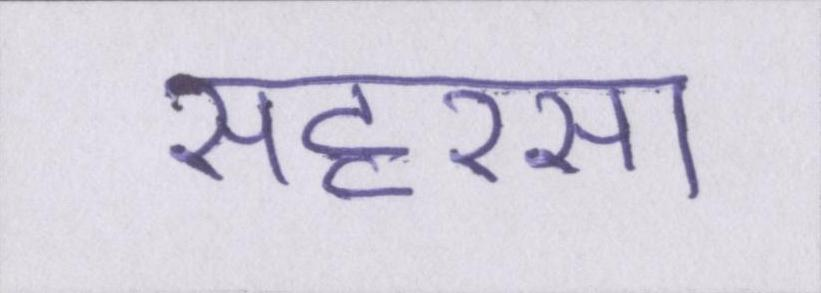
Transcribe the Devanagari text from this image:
सहरसा